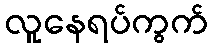
လူနေရပ်ကွက်